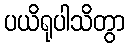
ပယိရုပါသိတွာ